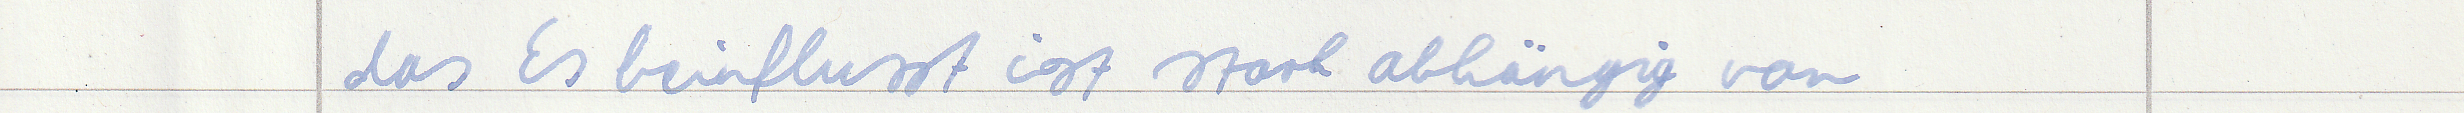
das Es beinflusst ist stark abhängig von